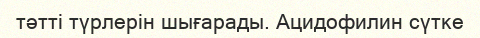
тәтті түрлерін шығарады. Ацидофилин сүтке